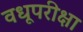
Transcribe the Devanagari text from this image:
वधूपरीक्षा